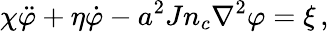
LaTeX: \chi\ddot{\varphi}+\eta\dot{\varphi}-a^{2}Jn_{c}\nabla^{2}\varphi=\xi\, ,